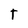
Character: t